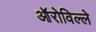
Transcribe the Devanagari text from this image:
ऑरोविल्ले